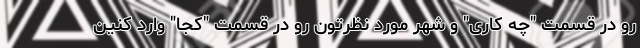
رو در قسمت "چه کاری" و شهر مورد نظرتون رو در قسمت "کجا" وارد کنین